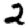
Digit: 2